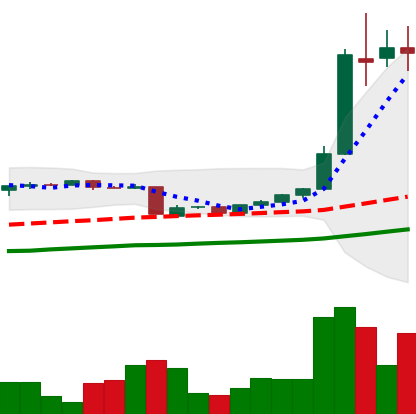
Ticker: BTC-USD
Chart end date: 2016-05-31
Forward return: 8.203%
Label: up_7plus